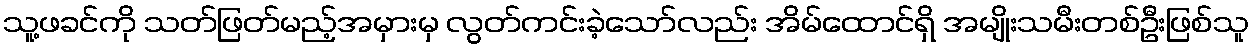
သူ့ဖခင်ကို သတ်ဖြတ်မည့်အမှားမှ လွတ်ကင်းခဲ့သော်လည်း အိမ်ထောင်ရှိ အမျိုးသမီးတစ်ဦးဖြစ်သူ